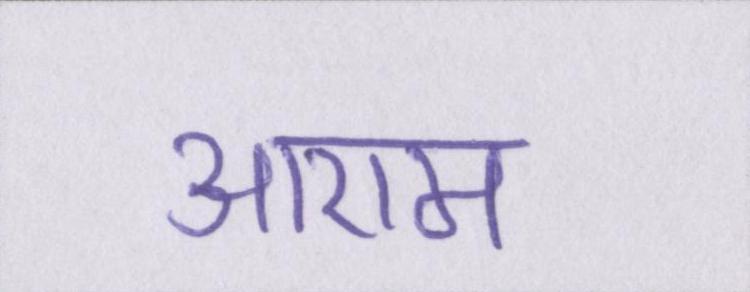
आराम